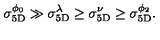
\sigma _ { \mathrm { 5 D } } ^ { \phi _ { 0 } } \gg \sigma _ { \mathrm { 5 D } } ^ { \lambda } \geq \sigma _ { \mathrm { 5 D } } ^ { \nu } \geq \sigma _ { \mathrm { 5 D } } ^ { \phi _ { 2 } } .